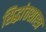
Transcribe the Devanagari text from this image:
सिद्धांतशास्त्र